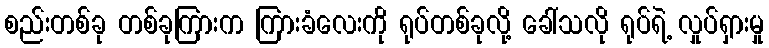
စည်းတစ်ခု တစ်ခုကြားက ကြားခံလေးကို ရုပ်တစ်ခုလို့ ခေါ်သလို ရုပ်ရဲ့ လှုပ်ရှားမှု